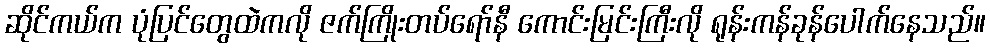
ဆိုင်ကယ်က ပုံပြင်တွေထဲကလို ဇက်ကြိုးတပ်ရော်နီ ကောင်းမြင်းကြီးလို ရုန်းကန်ခုန်ပေါက်နေသည်။